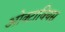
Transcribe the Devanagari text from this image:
ओक्टावियस